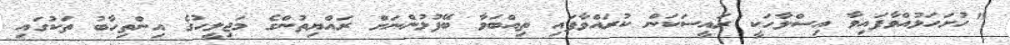
"ހުށަހަޅުއްވާފައިވާ އިސްލާހަކީ ރައީސަކަން ކުރައްވާފައި ތިއްބަވާ ބޭފުޅުންނަށް ރައްޔިތުންގެ މަޖިލީހުގެ އިންތިހާބު ތަކުގައި